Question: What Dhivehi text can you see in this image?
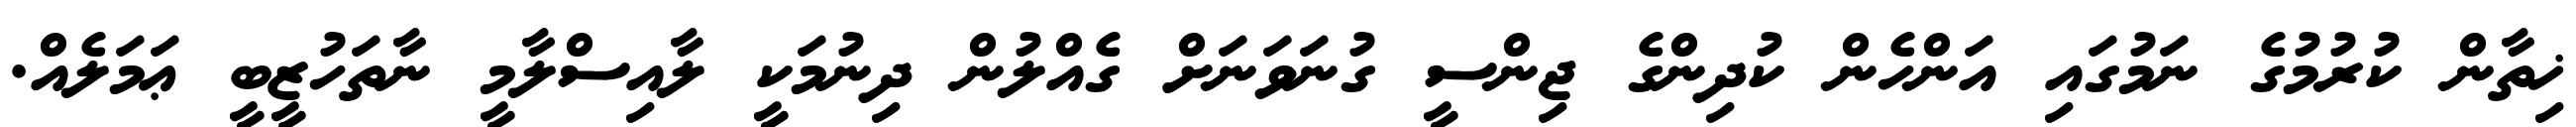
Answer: ޚިތާން ކުރުމުގެ ނަމުގައި އަންހެން ކުދިންގެ ޖިންސީ ގުނަވަނަށް ގެއްލުން ދިނުމަކީ ލާއިސްލާމީ ނާތަހުޒީބީ ޢަމަލެއް.